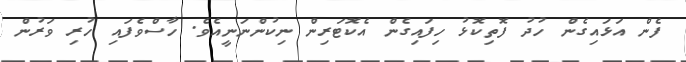
ފެން އަޅައިގެން ހުދު ފޮތިކޮޅު ހިފައިގެން އެކޮޓަރިން ނިކުންނަނީއެވެ. ހާސްވެފައި ހުރި ވަރުން